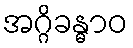
အဂ္ဂိခန္ဓာဝ